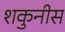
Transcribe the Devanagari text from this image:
शकुनीस